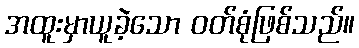
အထူးမှာယူခဲ့သော ဝတ်စုံဖြစ်သည်။